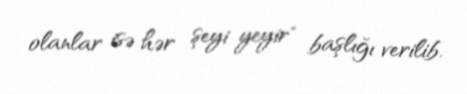
olanlar isə hər şeyi yeyir" başlığı verilib.